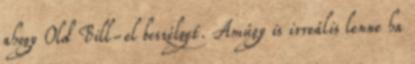
ahogy Old Bill-el beszélget. Amúgy is irreális lenne ha